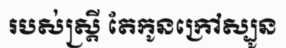
របស់ស្ត្រី តែកូនក្រៅស្បូន